Calcutta medical institutions reports 1871-78
Year: 1871
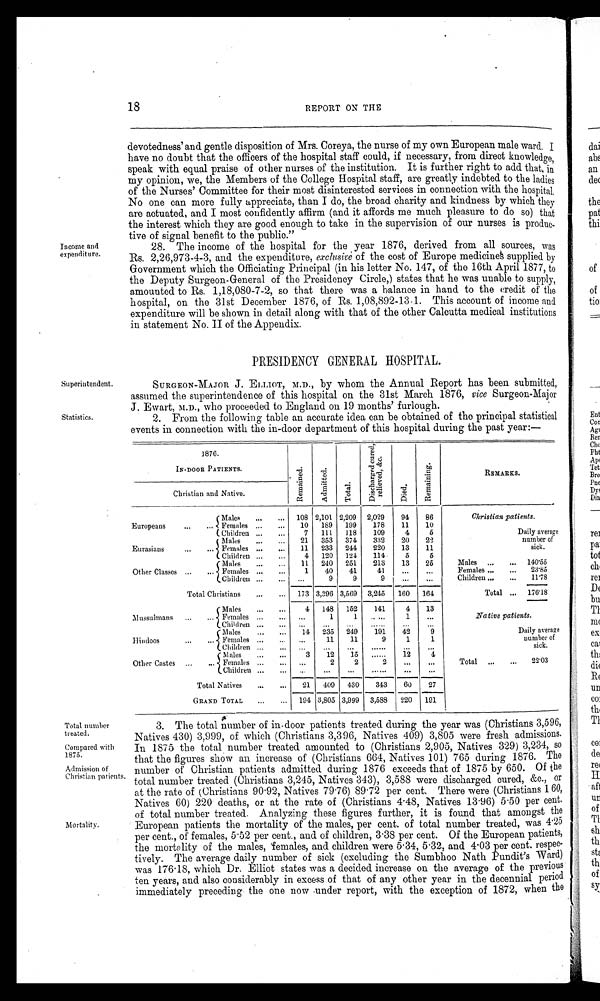
18
REPORT ON THE
Income and
expenditure.
Superintendent.
Statistics.
devotedness' and gentle disposition of Mrs. Coreya, the nurse of my own European male ward. I
have no doubt that the officers of the hospital staff could, if necessary, from direct knowledge,
speak with equal praise of other nurses of the institution. It is further right to add that, in
my opinion, we, the Members of the College Hospital staff, are greatly indebted to the ladies
of the Nurses' Committee for their most disinterested services in connection with the hospital.
No one can more fully appreciate, than I do, the broad charity and kindness by which they
are actuated, and I most confidently affirm (and it affords me much pleasure to do so) that
the interest which they are good enough to take in the supervision of our nurses is produc-
tive of signal benefit to the public."
28. The income of the hospital for the year 1876, derived from all sources, was
Rs. 2,26,973-4-3, and the expenditure, exclusive of the cost of Europe medicines supplied by
Government which the Officiating Principal (in his letter No. 147, of the 16th April 1877, to
the Deputy Surgeon-General of the Presidency Circle,) states that he was unable to supply,
amounted to Rs. 1,18,080-7-2, so that there was a balance in hand to the credit of the
hospital, on the 31st December 1876, of Rs. 1,08,892-13 . 1. This account of income and
expenditure will be shown in detail along with that of the other Calcutta medical institutions
iu statement No. II of the Appendix.
PRESIDENCY GENERAL HOSPITAL.
SURGEON-MAJOR J. ELLIOT, M.D., by whom the Annual Report has been submitted,
assumed the superintendence of this hospital on the 31st March 1876, vice Surgeon-Major
Evart, M.D., who proceeded to England on 19 months' furlough.
2. From the following table an accurate idea can be obtained of the principal statistical
events in connection with. the in-door department of this hospital during the past year:—
1876.
it
E •
IN-DOOR PATIENTS.
i
ct,
.. .7 ,i
''''.
g
. -. -:
'a;
5
' I '
'
C,
g
CD ,,
't '
g14
TA
A"
t
. 4
.— .-.
S
4'
REMARKS.
Christian and Native.
(Males
...
. . . 108 9,101 2,209 2,029
94
86
Christian patients.
Europeans
...
... Females
...
10
189
199
178
11
10
( Children ...
...
Males
...
...
7
21
111
353
118
374
109
332
4
20
5
22
Daily average
number of
Eurasians
...
... Females ...
...
11
233
244
220
13
11
sick.
Children ...
...
4
120
121
114
5
5
Males
...
...
11
240
251
213
13
25
Males ...
... 140'55
Other Classes ...
... Females ...
...
/
1
40
41
41
. . .
. . .
Females ...
...
23'85
Children ...
...
...
9
9
9
Children ...
...
11'78
173 3,396 3,569 3,245
----
160 164
Total ... 176'18
Total Christians
...
...
...
...
4 148 152
141
4
13
/Males
Mussulmans
...
... Females ...
...
...
1
1 .....
1
...
Native patients.
Children ...
...
...
..
......
...
...
...
...111ales
...
...
Ilindoos
Females ...
Children ......
14
...
235
11
...
2. 49
11
...
191
9
......
42
1
...
9
1
...
Daily average
number of
sick.
M ales
...
...
3
12
15 ......
12
4
tle s
Other Castes
... Females ...
...
...
2
2
Total ...
...
22'03
Children ...
...
...
...
......
...
...
Total Natives
...
...
21 409 430
343
60
27
GRAND TOTAL
...
...
220
194 3,805 3,999 3,588
—.--
191
Total number
treated.
Compared with
1875.
Admission of
Christian patients.
Mortality.
3. The total number of in-door patients treated during the year was (Christians 3,596,
Natives 430) 3,999, of which (Christians 3,396, Natives 409) 3,805 were fresh admissions.
In 1875 the total number treated amounted to (Christians 2,905, Natives 329) 3,234, so
that the figures show an increase of (Christians 664, Natives 101) 765 during 1876. The
number of Christian patients admitted during 1876 exceeds that of 1875 by 650. Of the
total number treated (Christians 3,245, Natives 343), 3,588 were discharged cured, &c., or
at the rate of (Christians 90 . 92, Natives 79 . 76) 89 . 72 per cent. There were (Christians 160,
Natives 60) 220 deaths, or at the rate of (Christians 4 . 48, Natives 13 . 96) 5 . 50 per cent.
of total number treated. Analyzing these figures further, it is found that amongst the
European patients the mortality of the males, per cent. of total number treated, was 4.25
per cent., of females, 5 . 52 per cent., and of children, 3 . 38 per cent. Of the European patients,
the mortality of the males, 'females, and children were 5 . 34, 5 . 32, and 4 . 03 per cent. respec-
tively. The average daily number of sick (excluding the Sumbhoo Nath Pundit's Ward)
was 176 . 18, which Dr. Elliot states was a decided increase on the average of the previous
ten years, and also considerably in excess of that of any other year in the decennial period
immediately preceding the one now under report, with the exception of 1872, when the